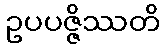
ဥပပဇ္ဇိဿတိ